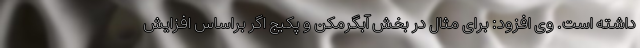
داشته است. وی افزود: برای مثال در بخش آبگرمکن و پکیج اگر براساس افزایش